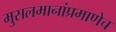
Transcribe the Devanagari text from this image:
मुसलमानांप्रमाणेच